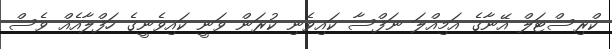
ކްރިސްޓަލް އޭނާގެ އަމިއްލަ ނަފްސާ ކައިވެނި ކުރަން ވަނީ ކައިވެނީގެ ހަފްލާއެއް ވެސް